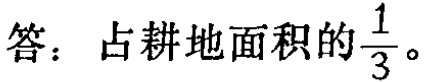
答：占耕地面积的$\frac{1}{3}$。